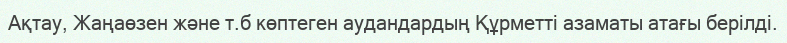
Ақтау, Жаңаөзен және т.б көптеген аудандардың Құрметті азаматы атағы берілді.